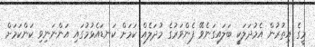
މީގެ އިތުރުން އެމުދަލަކީ ބަލައިގަނެވޭ ފެންވަރުގެ މުދަލެއް ކަމަށް ކަނޑައެޅުމުގައި އަންނަނިވި ކަންކަމަށް